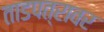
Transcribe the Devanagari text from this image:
ताडपत्रावर